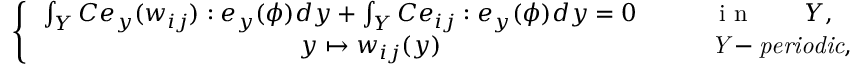
\left\{ \, \begin{array} { r l } { \int _ { Y } C e _ { y } ( w _ { i j } ) : e _ { y } ( \phi ) d { y } + \int _ { Y } C e _ { i j } : e _ { y } ( \phi ) d { y } = 0 \qquad } & { { } \mathrm { ~ i ~ n ~ } \qquad Y , } \\ { y \mapsto w _ { i j } ( { y } ) \qquad \qquad \qquad \qquad \qquad } & { { } \mathit { Y - p e r i o d i c } , } \end{array} \right.